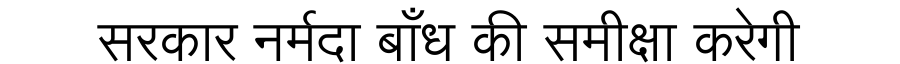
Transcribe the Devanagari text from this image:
सरकार नर्मदा बाँध की समीक्षा करेगी